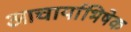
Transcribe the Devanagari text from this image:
आचार्याभिषेक